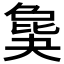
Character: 𣬎